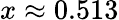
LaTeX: x\approx 0.513